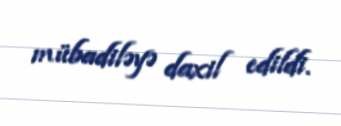
mübadiləyə daxil edildi.